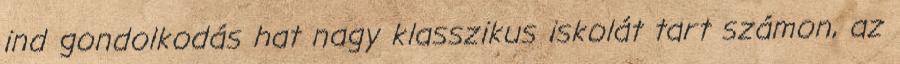
ind gondolkodás hat nagy klasszikus iskolát tart számon, az